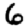
Digit: 6